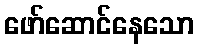
ဖော်ဆောင်နေသော